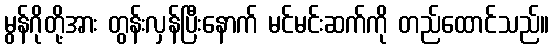
မွန်ဂိုတို့အား တွန်းလှန်ပြီးနောက် မင်မင်းဆက်ကို တည်ထောင်သည်။